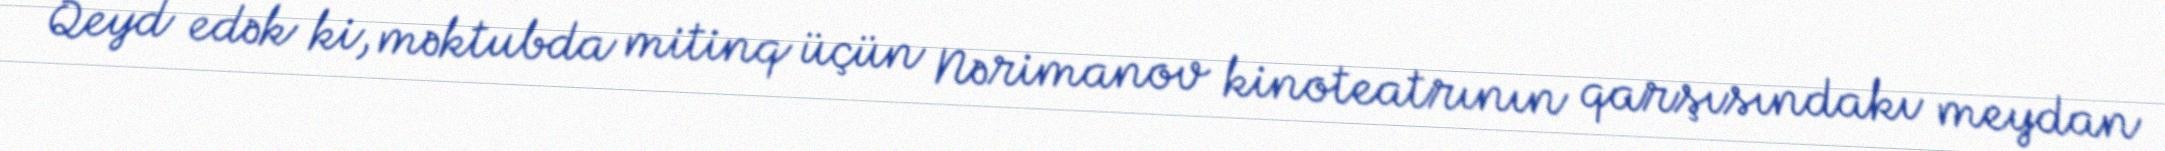
Qeyd edək ki, məktubda mitinq üçün Nərimanov kinoteatrının qarşısındakı meydan